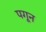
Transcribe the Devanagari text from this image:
पगून